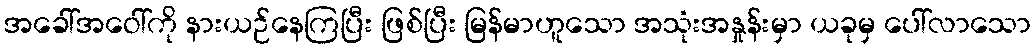
အခေါ်အဝေါ်ကို နားယဉ်နေကြပြီး ဖြစ်ပြီး မြန်မာဟူသော အသုံးအနှုန်းမှာ ယခုမှ ပေါ်လာသော